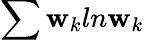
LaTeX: \sum\mathbf{w}_{k}\textit{{}}ln\textit{{}}\mathbf{w}_{k}